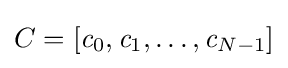
C=[{\mathit {c}}_{0},{\mathit {c}}_{1},\dots ,{\mathit {c}}_{N-1}]